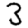
Digit: 3